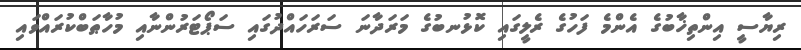
ރިޔާސީ އިންތިޚާބުގެ އެންމެ ފަހުގެ ރެލީގައި ކޮޅުނބުގެ މަރަދާނަ ސަރަހައްދުގައި ސަޕޯޓަރުންނާއި މުހާޠަބްކުރައްވައި